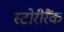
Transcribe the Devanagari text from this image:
स्टोरीरैंक